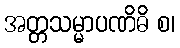
အတ္တသမ္မာပဏိဓိ စ၊